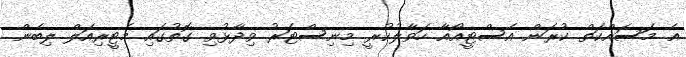
އެ މަސައްކަތް ކުރަން އެސްޓީއޯއާ ހަވާލުކުރީ މިނިސްޓަރު ވިދާޅުވި ގޮތުގައި މެޓީރިއަލް ލިބެން